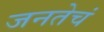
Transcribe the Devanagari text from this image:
जनतेचं